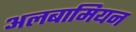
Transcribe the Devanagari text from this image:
अलबामियन